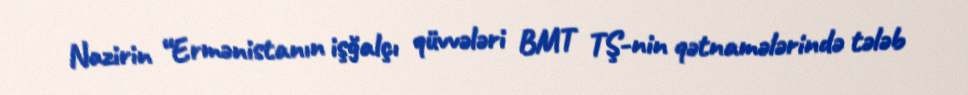
Nazirin “Ermənistanın işğalçı qüvvələri BMT TŞ-nin qətnamələrində tələb